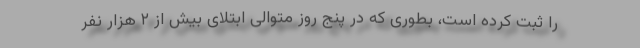
را ثبت کرده است، بطوری که در پنج روز متوالی ابتلای بیش از ۲ هزار نفر